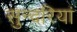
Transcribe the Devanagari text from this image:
सुन्दरियां